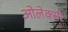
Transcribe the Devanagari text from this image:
ओलेक्सी